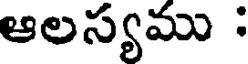
ఆలస్యము :